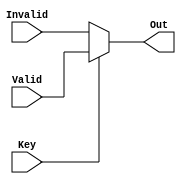
`timescale 1ns / 1ps
//////////////////////////////////////////////////////////////////////////////////
// Company: 
// Engineer: 
// 
// Design Name: 
// Module Name:    Mux2x1 
// Project Name: 
// Target Devices: 
// Tool versions: 
// Description: 
//
// Dependencies: 
//
// Revision: 
// Revision 0.01 - File Created
// Additional Comments: 
//
//////////////////////////////////////////////////////////////////////////////////
module Mux2x1(
    input Valid,
    input Invalid,
    output Out,
    input Key
    );


assign Out = Key ? Valid : Invalid;

endmodule